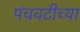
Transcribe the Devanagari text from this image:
पंचवटीच्या